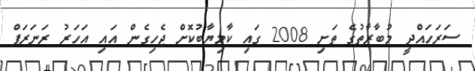
ސަރަހައްދީ މުބާރާތުގެ ތަށި 2008 ގައި ކާމިޔާބުކޮށް ޖެހިގެން އައި އަހަރު ރަނަރަޕް